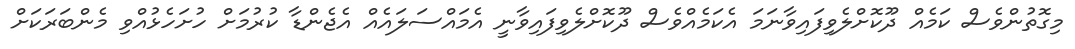
މިގޮތުންވެސް ކަމެއް ދޫކޮށްލެވިފައިވާނަމަ އެކަމެއްވެސް ދޫކޮށްލެވިފައިވާނީ އެމައްސަލައެއް އެޖެންޑާ ކުރުމަށް ހުށަހެޅުއްވި މެންބަރަކަށް